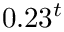
0 . 2 3 ^ { t }